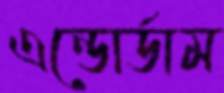
এন্ডোর্ডাম